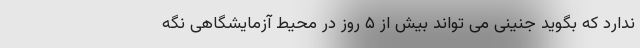
ندارد که بگوید جنینی می تواند بیش از ۵ روز در محیط آزمایشگاهی نگه